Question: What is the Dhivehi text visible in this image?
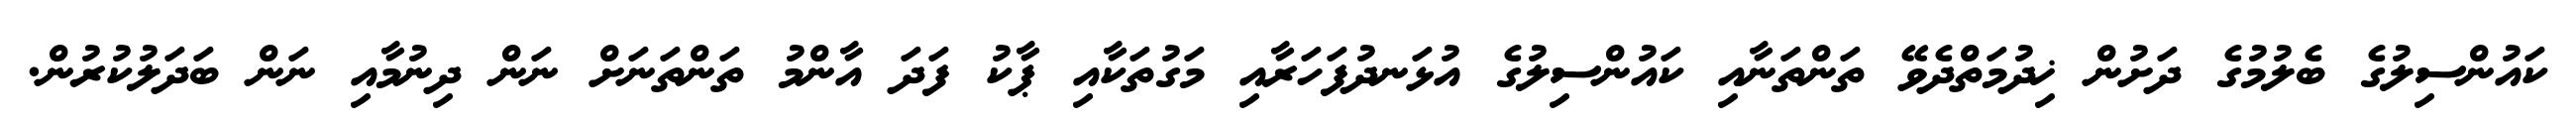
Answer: ކައުންސިލުގެ ބެލުމުގެ ދަށުން ޚިދުމަތްދެވޭ ތަންތަނާއި ކައުންސިލުގެ އުޅަނދުފަހަރާއި މަގުތަކާއި ޕާކު ފަދަ އާންމު ތަންތަނަށް ނަން ދިނުމާއި ނަން ބަދަލުކުރުން.